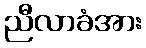
ညီလာခံအား